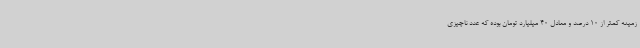
زمینه کمتر از 10 درصد و معادل 40 میلیارد تومان بوده که عدد ناچیزی